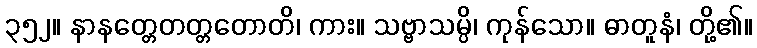
၃၅၂။ နာနတ္တေတတ္တတောတိ၊ ကား။ သဗ္ဗာသမ္ပိ၊ ကုန်သော။ ဓာတူနံ၊ တို့၏။